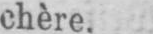
chère.